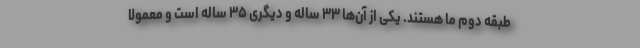
طبقه دوم ما هستند. یکی از آن‌ها ۳۳ ساله و دیگری ۳۵ ساله است و معمولاً